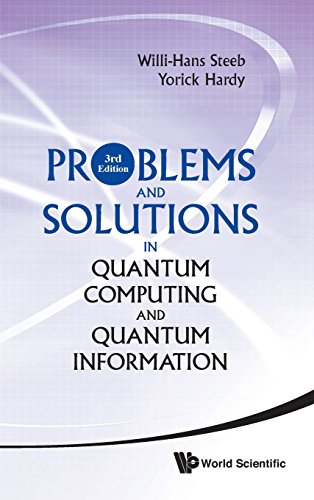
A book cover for Problems and Solutions in Quantum Computing and Quantum Information (3rd Edition); Willi-Hans Steeb; Computers & Technology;